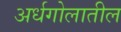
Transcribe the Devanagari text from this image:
अर्धगोलातील